Civil Veterinary Dept. Assam report 1911-1927 - 1911-1927
Year: 1911
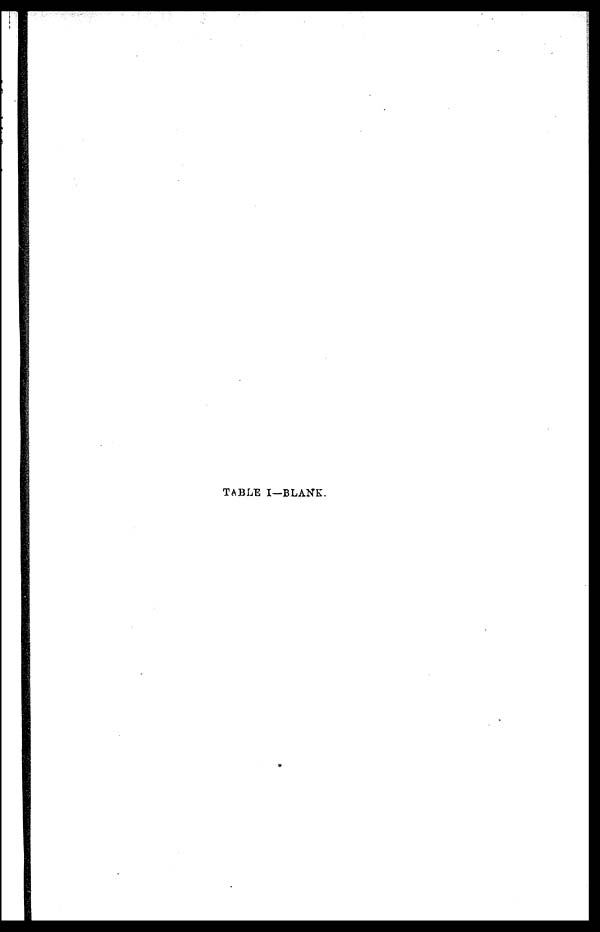
TABLE I—BLANK.